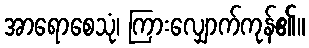
အာရောစေသုံ၊ ကြားလျှောက်ကုန်၏။